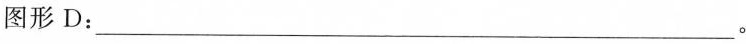
图形D：___。